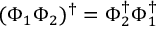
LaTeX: ( \Phi _ { 1 } \Phi _ { 2 } ) ^ { \dagger } = \Phi _ { 2 } ^ { \dagger } \Phi _ { 1 } ^ { \dagger }